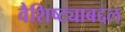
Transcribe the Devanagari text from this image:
वैशिष्ट्याबद्दल